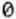
0